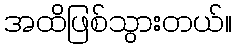
အထိဖြစ်သွားတယ်။